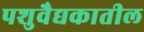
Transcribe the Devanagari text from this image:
पशुवैद्यकातील